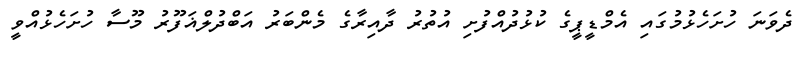
ދެވަނަ ހުށަހެޅުމުގައި އެމްޑީޕީގެ ކުޅުދުއްފުށި އުތުރު ދާއިރާގެ މެންބަރު އަބްދުލްޣަފޫރު މޫސާ ހުށަހެޅުއްވީ